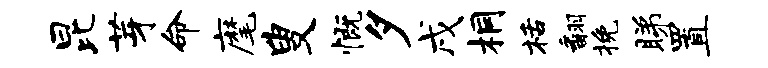
昆芽命麾叟慨夕戌桐栝翻挽睇置